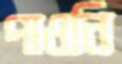
পাওনি